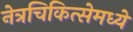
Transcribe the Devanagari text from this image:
नेत्रचिकित्सेमध्ये